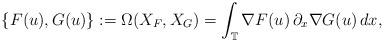
LaTeX: \begin{align*}\{ F(u), G(u) \}:=\Omega(X_F, X_G)=\int_{\mathbb{T}} \nabla F(u)\,\partial_x \nabla G(u)\,dx,\end{align*}